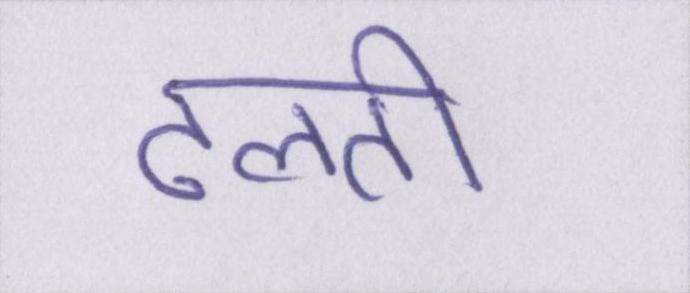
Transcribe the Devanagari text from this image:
ढलती